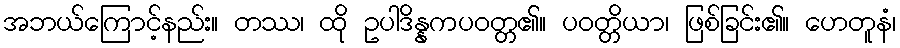
အဘယ်ကြောင့်နည်း။ တဿ၊ ထို ဥပါဒိန္နကပဝတ္တ၏။ ပဝတ္တိယာ၊ ဖြစ်ခြင်း၏။ ဟေတူနံ၊